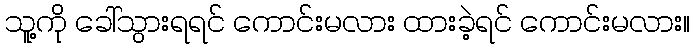
သူ့ကို ခေါ်သွားရရင် ကောင်းမလား ထားခဲ့ရင် ကောင်းမလား။